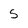
Character: 5